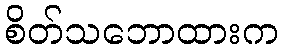
စိတ်သဘောထားက